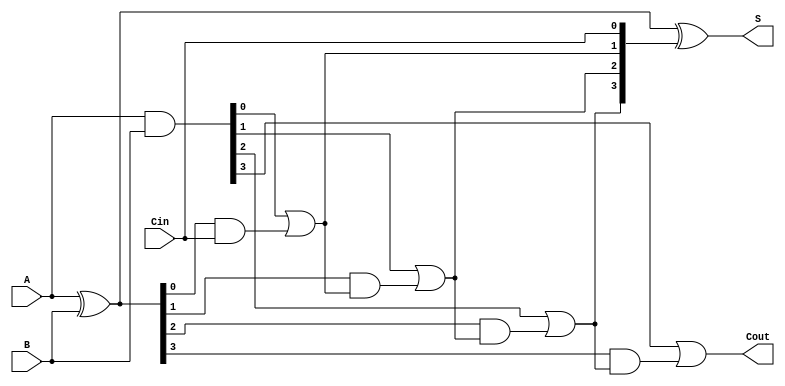
module CLA_4bit (
    input [3:0] A,       // 4-bit input A
    input [3:0] B,       // 4-bit input B
    input Cin,           // Carry-in
    output [3:0] S,      // 4-bit sum output
    output Cout          // Carry-out
);

    // Generate and Propagate signals for each bit
    wire [3:0] G; // Generate
    wire [3:0] P; // Propagate
    wire [4:0] C; // Carry signals (C[0] = Cin)

    // Generate and Propagate calculations
    assign G = A & B;         // Generate
    assign P = A ^ B;         // Propagate

    // Carry calculations
    assign C[0] = Cin;        // Initial carry-in
    assign C[1] = G[0] | (P[0] & C[0]); // Carry for bit 0
    assign C[2] = G[1] | (P[1] & C[1]); // Carry for bit 1
    assign C[3] = G[2] | (P[2] & C[2]); // Carry for bit 2
    assign C[4] = G[3] | (P[3] & C[3]); // Carry for bit 3 (Cout)

    // Sum calculation
    assign S = P ^ C[3:0]; // Sum output

    // Final Carry-out
    assign Cout = C[4];

endmodule